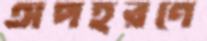
অপহরণে